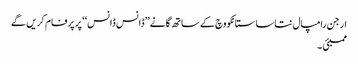
ارجن رامپال نتاسا ستانکووچ کے ساتھ گانے’’ڈانس ڈانس‘‘ پر پرفام کریں گے
ممبئی ۔